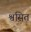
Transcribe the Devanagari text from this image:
श्वसित